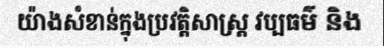
យ៉ាងសំខាន់ក្នុងប្រវត្តិសាស្ត្រ វប្បធម៌ និង